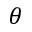
\theta